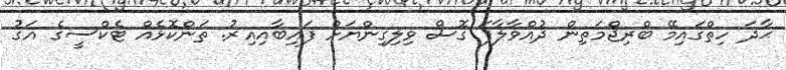
ޙާދަ ހިތްގައިމޭ ބްރިޖްމަތިން ދުއްވާލާފަ ގޮސް ވިލިގިންޔަށް ފައިބާއިއިރު. ތަންކޮޅެއް ޓެކްސީގެ އަގު